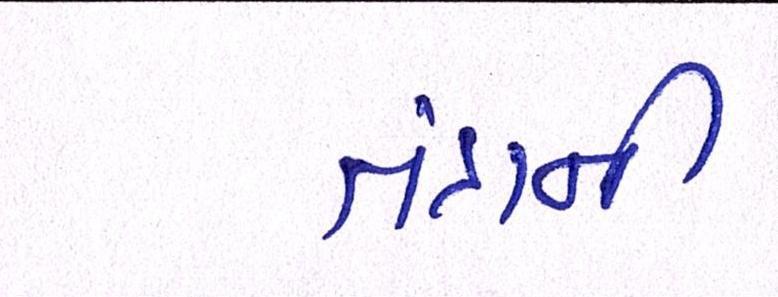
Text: તંત્રની